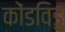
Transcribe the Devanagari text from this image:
कोंडविडु